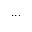
. . .